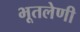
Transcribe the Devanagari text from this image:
भूतलेणी